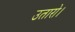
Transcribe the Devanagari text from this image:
उतारो।